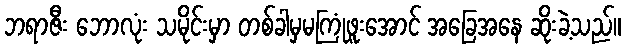
ဘရာဇီး ဘောလုံး သမိုင်းမှာ တစ်ခါမှမကြုံဖူးအောင် အခြေအနေ ဆိုးခဲ့သည်။